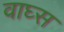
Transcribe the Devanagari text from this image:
वाघ्स